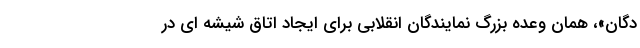
دگان»، همان وعده بزرگ نمایندگان انقلابی برای ایجاد اتاق شیشه ای در